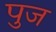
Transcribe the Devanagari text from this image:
पुज